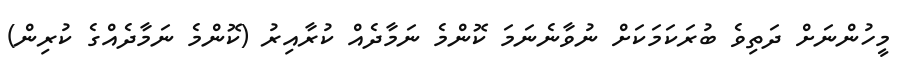
މީހުންނަށް ދަތިވެ ބުރަކަމަކަށް ނުވާނެނަމަ ކޮންމެ ނަމާދެއް ކުރާއިރު (ކޮންމެ ނަމާދެއްގެ ކުރިން)